Problem: 9 × 6 = ?
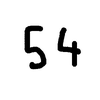
Handwritten answer: 54